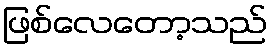
ဖြစ်လေတော့သည်